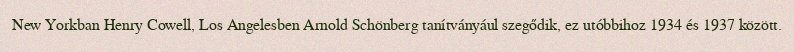
New Yorkban Henry Cowell, Los Angelesben Arnold Schönberg tanítványául szegődik, ez utóbbihoz 1934 és 1937 között.